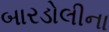
બારડોલીના